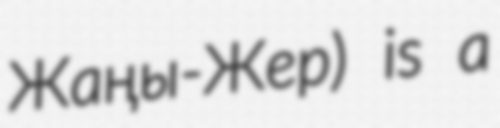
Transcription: Жаңы-Жер) is a